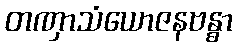
တဏှာသံယောဇနဗန္ဓာ